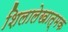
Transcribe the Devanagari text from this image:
शिलालेखात्‍मक